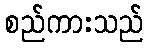
စည်ကားသည်